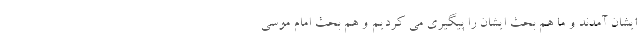
ایشان آمدند و ما هم بحث ایشان را پیگیری می کردیم و هم بحث امام موسی